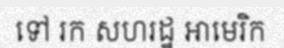
ទៅ រក សហរដ្ឋ អាមេរិក